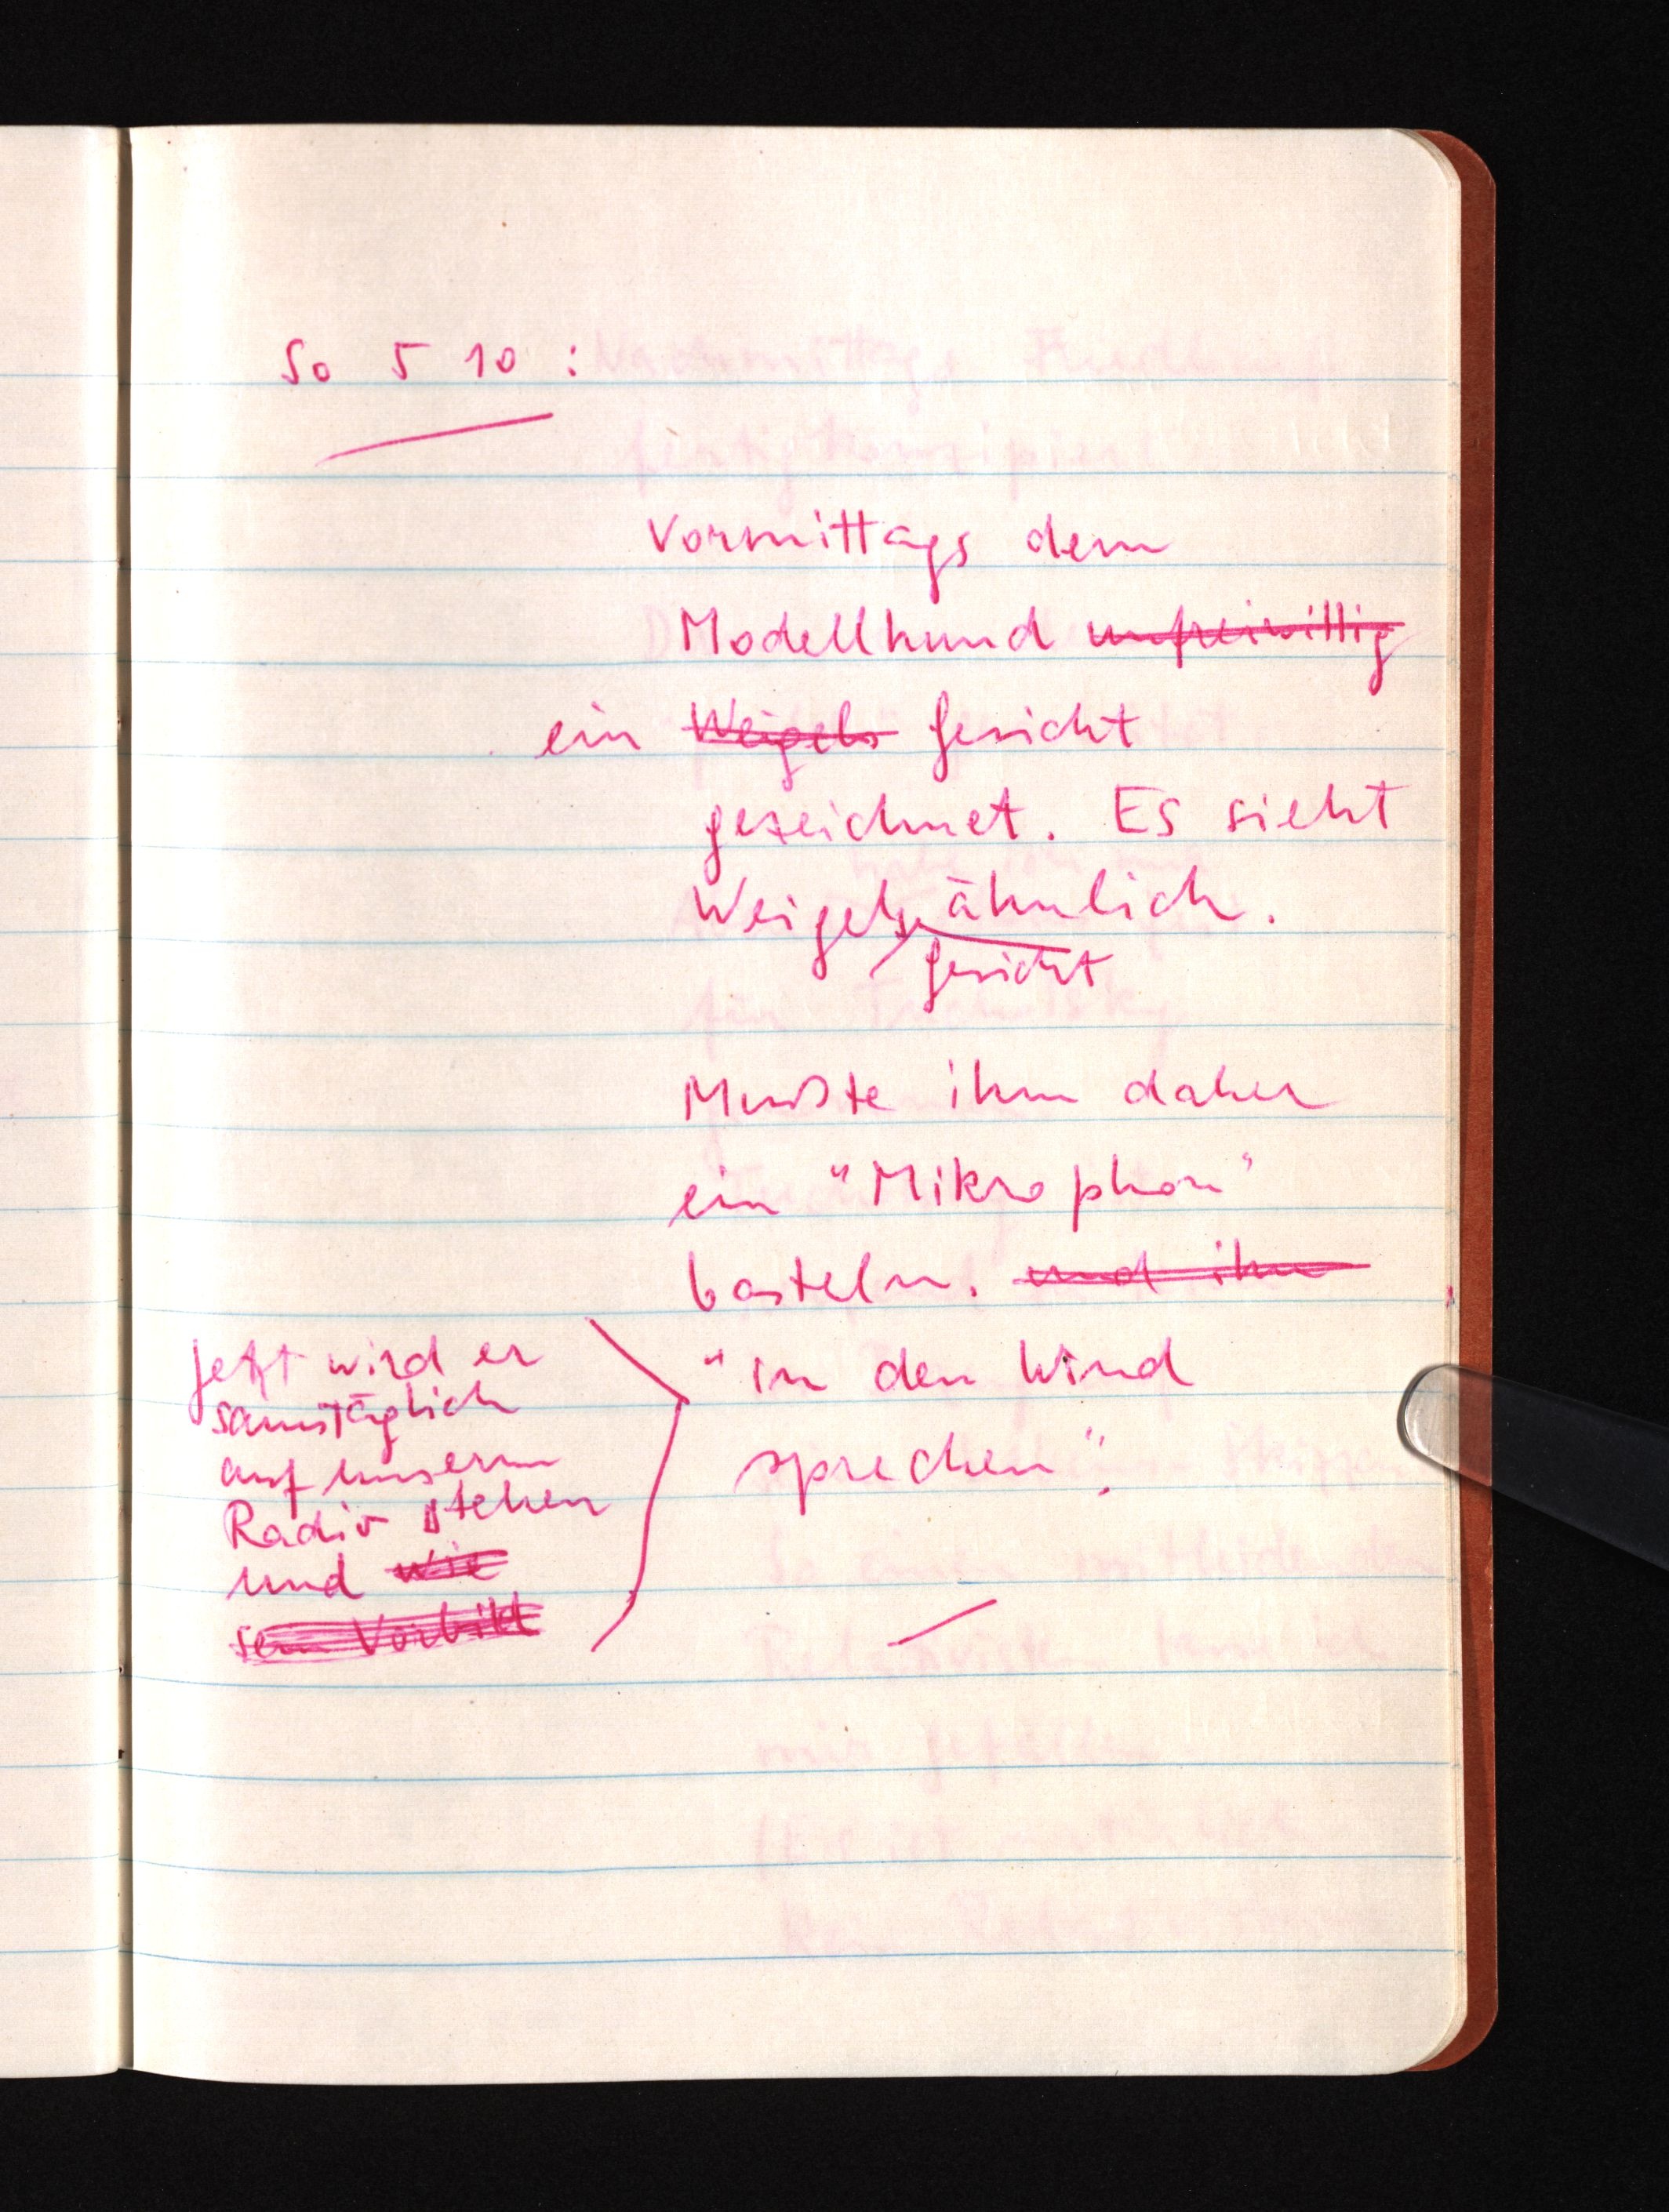
So 5 10:
Vormittags dem
Modellhund unfreiwillig
Weigelsein Gesicht
gezeichnet. Es sieht
Weigels ähnlich.
Gesicht
Mußte ihm daher
ein "Mikrophon"
basteln. und ihn
"in den Wind
Jetzt wird er
samstäglich
auf unserm
Radio stehen
und wie
sein Vorbild
sprechen".